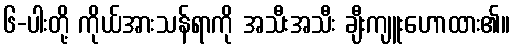
၆-ပါးတို့ ကိုယ်အားသန်ရာကို အသီးအသီး ချီးကျူးဟောထား၏။